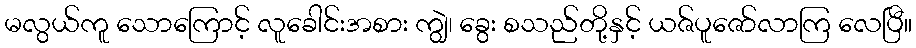
မလွယ်ကူ သောကြောင့် လူခေါင်းအစား ကျွဲ၊ ခွေး စသည်တို့နှင့် ယဇ်ပူဇော်လာကြ လေပြီ။